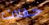
حفلات